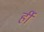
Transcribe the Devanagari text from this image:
र्ही